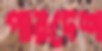
পারদেশ